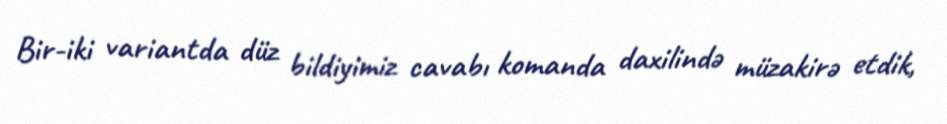
Bir-iki variantda düz bildiyimiz cavabı komanda daxilində müzakirə etdik,